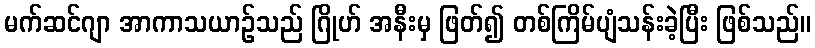
မက်ဆင်ဂျာ အာကာသယာဉ်သည် ဂြိုဟ် အနီးမှ ဖြတ်၍ တစ်ကြိမ်ပျံသန်းခဲ့ပြီး ဖြစ်သည်။